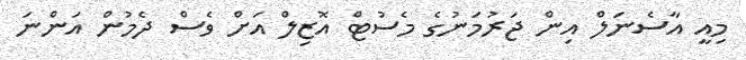
މިއީ އާސެނަލް އިން ޖަރުމަނުގެ މެސުޓް އޮޒިލް އަށް ވެސް ދެމުން އަންނަ